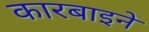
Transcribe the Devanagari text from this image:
कारबाइनें